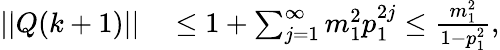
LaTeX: \begin{array}{rl}{\lvert|Q(k+1)\rvert|}&{{}\leq 1+\textstyle\sum_{j=1}^{\infty}m_{1}^{2}p_{1}^{2j}\leq\frac{m_{1}^{2}}{1-p_{1}^{2}},}\end{array}